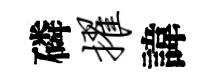
磷擢諱